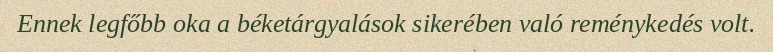
Ennek legfőbb oka a béketárgyalások sikerében való reménykedés volt.